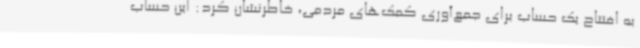
به افتتاح یک حساب برای جمع‌آوری کمک‌های مردمی، خاطرنشان کرد: این حساب